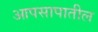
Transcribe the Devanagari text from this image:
आपसापातील